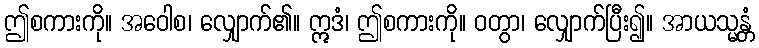
ဤစကားကို။ အဝေါစ၊ လျှောက်၏။ ဣဒံ၊ ဤစကားကို။ ဝတွာ၊ လျှောက်ပြီး၍။ အာယသ္မန္တံ